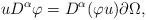
LaTeX: \begin{align*}u D^{\alpha} \varphi = D^{\alpha}(\varphi u) \partial \Omega,\end{align*}